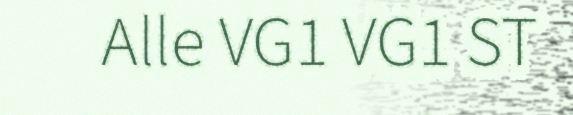
Alle VG1 VG1 ST